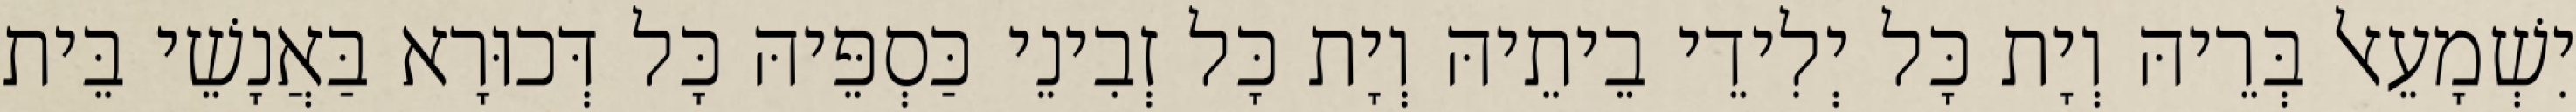
יִשְׁמָעֵאל בְּרֵיהּ וְיָת כָּל יְלִידֵי בֵיתֵיהּ וְיָת כָּל זְבִינֵי כַּסְפֵּיהּ כָּל דְּכוּרָא בַּאֲנָשֵׁי בֵּית